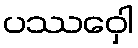
ပဿဝှေါ